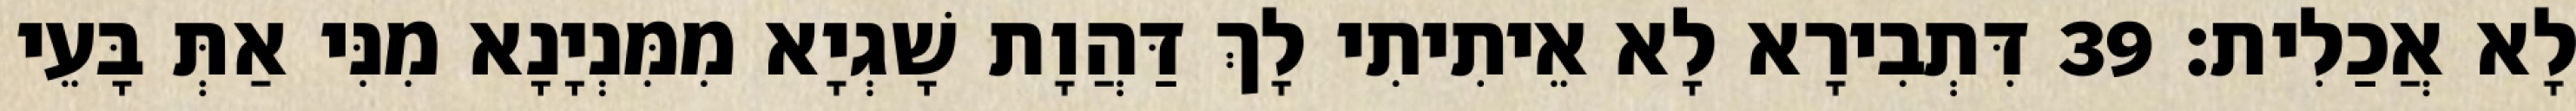
לָא אֲכַלִית׃ 39 דִּתְבִירָא לָא אֵיתִיתִי לָךְ דַּהֲוָת שָׁגְיָא מִמִּנְיָנָא מִנִּי אַתְּ בָּעֵי